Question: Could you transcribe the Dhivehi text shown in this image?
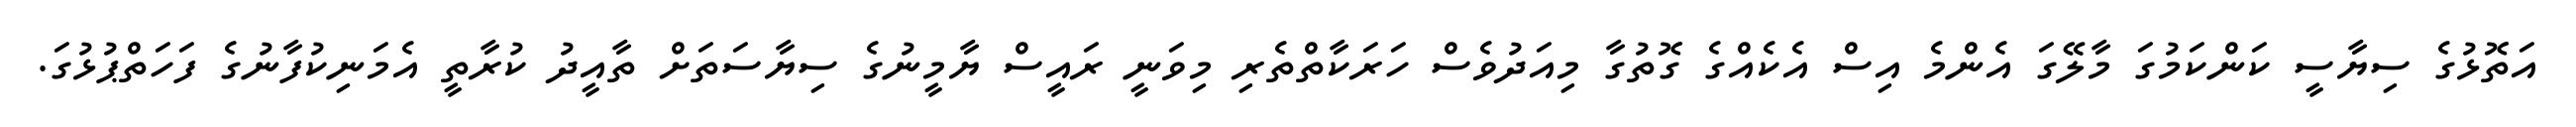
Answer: އަތޮޅުގެ ސިޔާސީ ކަންކަމުގަ މާލޭގަ އެންމެ އިސް އެކެއްގެ ގޮތުގާ މިއަދުވެސް ހަރަކާތްތެރި މިވަނީ ރައީސް ޔާމީނުގެ ސިޔާސަތަށް ތާއީދު ކުރާތީ އެމަނިކުފާނުގެ ފަހަތްޕުޅުގަ.